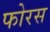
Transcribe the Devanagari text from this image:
फोरस